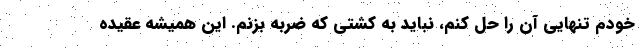
خودم تنهایی آن را حل کنم، نباید به کشتی که ضربه بزنم. این همیشه عقیده